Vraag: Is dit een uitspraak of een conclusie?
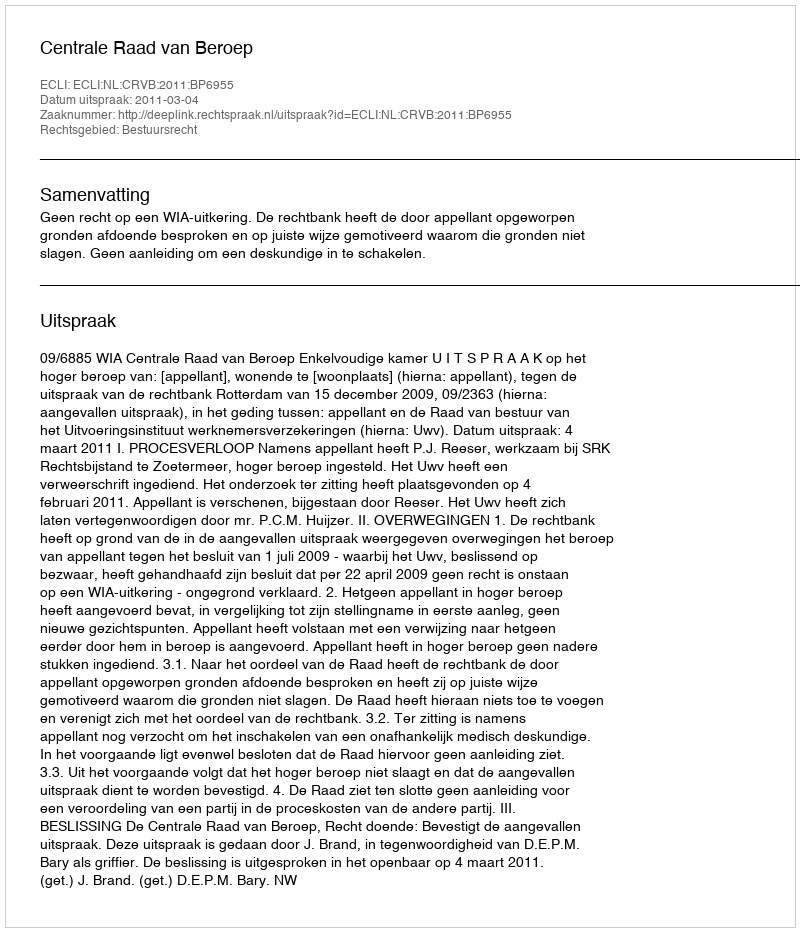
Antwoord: Uitspraak